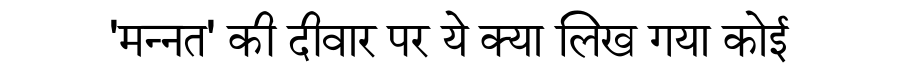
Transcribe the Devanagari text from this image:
'मन्नत' की दीवार पर ये क्या लिख गया कोई